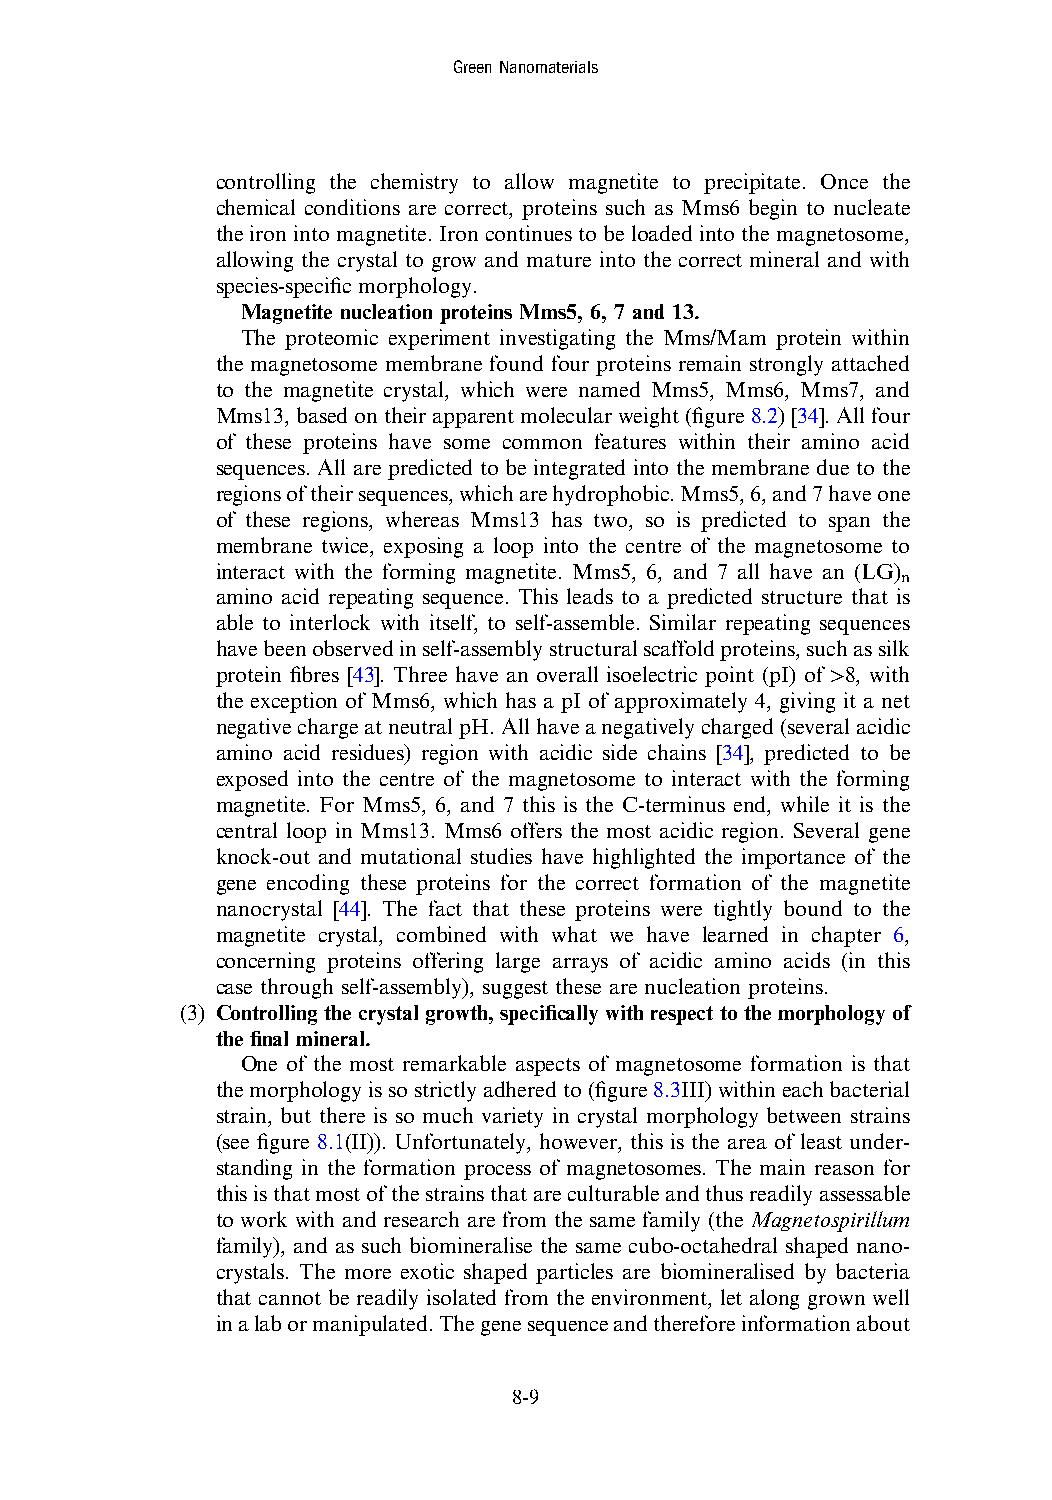
GreenNanomaterials
 controlling the chemistry to allow magnetite to precipitate. Once the
 chemical conditions are correct, proteins such as Mms6 begin to nucleate
 the ironintomagnetite. Ironcontinuestobeloadedinto themagnetosome,
 allowing the crystal to grow and mature into the correct mineral and with
 species-specific morphology.
 Magnetite nucleation proteins Mms5, 6, 7 and 13.
 The proteomic experiment investigating the Mms/Mam protein within
 the magnetosome membrane found four proteins remain strongly attached
 to the magnetite crystal, which were named Mms5, Mms6, Mms7, and
 Mms13,basedontheirapparentmolecularweight(figure8.2)[34].Allfour
 of these proteins have some common features within their amino acid
 sequences. All are predicted to be integrated into the membrane due to the
 regionsoftheirsequences,whicharehydrophobic.Mms5,6,and7haveone
 of these regions, whereas Mms13 has two, so is predicted to span the
 membrane twice, exposing a loop into the centre of the magnetosome to
 interact with the forming magnetite. Mms5, 6, and 7 all have an (LG)
 n
 amino acid repeating sequence. This leads to a predicted structure that is
 able to interlock with itself, to self-assemble. Similar repeating sequences
 havebeenobservedinself-assemblystructuralscaffoldproteins,suchassilk
 protein fibres [43]. Three have an overall isoelectric point (pI) of >8, with
 the exception of Mms6, which has a pI of approximately 4, giving it a net
 negativechargeatneutralpH.Allhaveanegativelycharged(severalacidic
 amino acid residues) region with acidic side chains [34], predicted to be
 exposed into the centre of the magnetosome to interact with the forming
 magnetite. For Mms5, 6, and 7 this is the C-terminus end, while it is the
 central loop in Mms13. Mms6 offers the most acidic region. Several gene
 knock-out and mutational studies have highlighted the importance of the
 gene encoding these proteins for the correct formation of the magnetite
 nanocrystal [44]. The fact that these proteins were tightly bound to the
 magnetite crystal, combined with what we have learned in chapter 6,
 concerning proteins offering large arrays of acidic amino acids (in this
 case through self-assembly), suggest these are nucleation proteins.
 (3) Controlling the crystal growth, specifically with respect to the morphology of
 the final mineral.
 One of the most remarkable aspects of magnetosome formation is that
 themorphologyissostrictlyadheredto(figure8.3III)withineachbacterial
 strain, but there is so much variety in crystal morphology between strains
 (see figure 8.1(II)). Unfortunately, however, this is the area of least under-
 standing in the formation process of magnetosomes. The main reason for
 thisisthatmostofthestrainsthatareculturableandthusreadilyassessable
 to work with and research are from the same family (the Magnetospirillum
 family), and as such biomineralise the same cubo-octahedral shaped nano-
 crystals. The more exotic shaped particles are biomineralised by bacteria
 that cannot be readily isolated from the environment, let along grown well
 inalabormanipulated.Thegenesequenceandthereforeinformationabout
 8-9